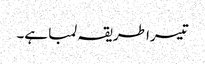
تیسرا طریقہ لمبا ہے۔